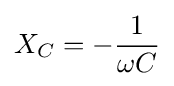
X_{C}=-{\frac {1}{\omega C}}